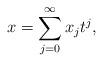
LaTeX: \begin{align*}x = \sum_{j=0}^{\infty} x_j t^j,\end{align*}